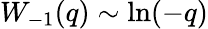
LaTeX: W_{-1}(q)\sim\ln(-q)